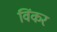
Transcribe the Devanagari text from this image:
विंकर